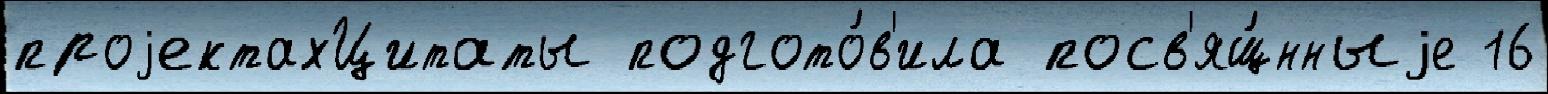
проjектахЦитаты подгото́в'ила посв'ящ́нныjе 16